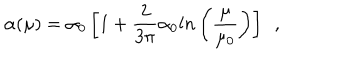
LaTeX: \alpha ( \mu ) = \alpha _ { 0 } \left[ 1 + \frac { 2 } { 3 \pi } \alpha _ { 0 } l n \left( \frac { \mu } { \mu _ { 0 } } \right) \right] ~ ~ ,